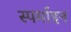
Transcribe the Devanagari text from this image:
स्पर्माइन